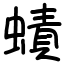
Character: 𧐐